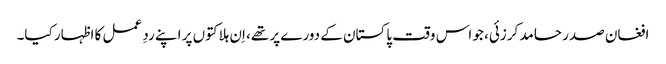
افغان صدر حامد کرزئی، جو اس وقت پاکستان کے دورے پر تھے، اِن ہلاکتوں پر اپنے ردِ عمل کا اظہار کیا۔